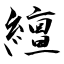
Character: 繵